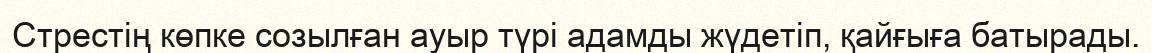
Стрестің көпке созылған ауыр түрі адамды жүдетіп, қайғыға батырады.